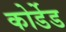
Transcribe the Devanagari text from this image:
कोर्डेड